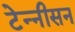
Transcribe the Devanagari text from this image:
टेन्नीसन